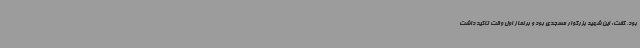
بود، گفت: این شهید بزرگوار مسجدی بود و بر نماز اول وقت تاکید داشت